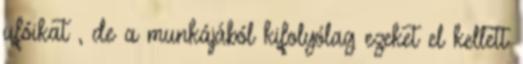
ufóikat , de a munkájából kifolyólag ezeket el kellett